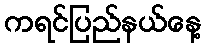
ကရင်ပြည်နယ်နေ့